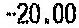
-20.00